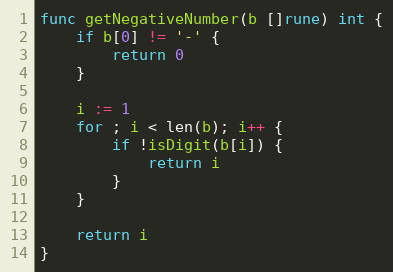
Language: Go
func getNegativeNumber(b []rune) int {
	if b[0] != '-' {
		return 0
	}

	i := 1
	for ; i < len(b); i++ {
		if !isDigit(b[i]) {
			return i
		}
	}

	return i
}